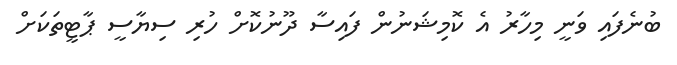
ބުނެފައި ވަނީ މިހާރު އެ ކޮމިޝަނުން ފައިސާ ދޫނުކޮށް ހުރި ސިޔާސީ ޕާޓީތަކަށް